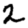
Digit: 2